Vaccination North-Western Provinces and Oudh 1878-1895 - 1878-1895
Year: 1878
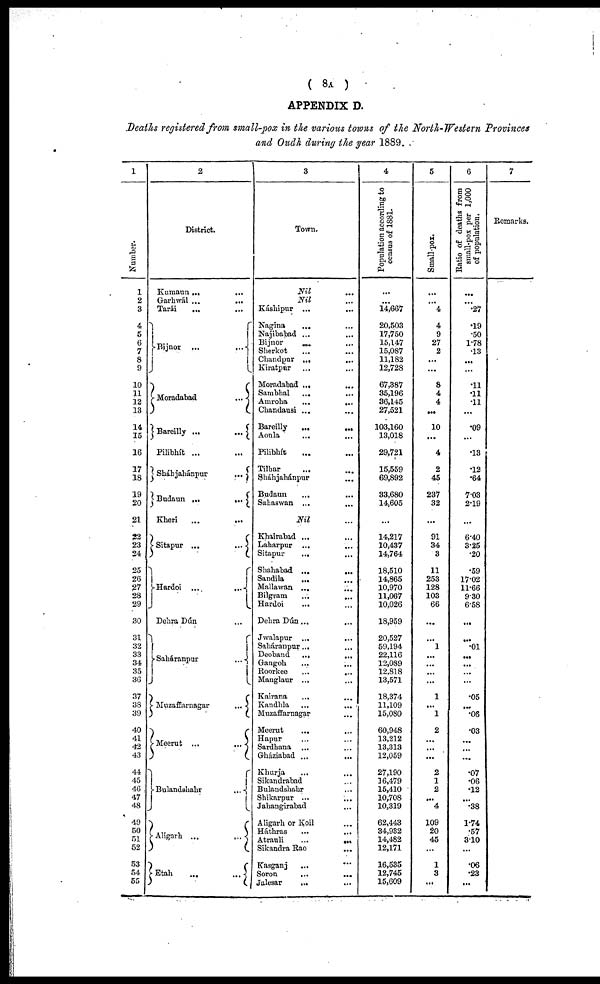
( 8A )
APPENDIX D.
Deaths registered from small-pox in the various towns of the North-Western Provinces
and Oudh during the year 1889.
1
Number.
1
2
3
4
5
6
7
8
9
10
11
12
13
14
15
16
17
18
19
20
21
22
23
24
25
26
27
28
29
30
31
32
33
34
35
36
37
38
39
40
41
42
43
44
45
46
47
48
49
50
51
52
53
54
55
2
District.
Kumaun ... ...
Garhwál ...
...
Tarái ... ...
Bijnor ...
...
Moradabad
...
Bareilly ...
...
Pilibhít ... ...
Sháhjahánpur
...
Budaun ...
...
Kheri
...
...
Sitapur ...
...
Hardoi ...
...
Dehra Dún ...
Saháranpur
...
Muzaffarnagar
...
Meerut ...
...
Bulandshahr
...
Aligarh ...
...
Etah
...
...
3
Town.
Nil ...
Nil ...
Káshipur ... ...
Nagina
...
...
Najibabad ... ...
Bijnor ... ...
Sherkot ... ...
Chandpur ... ...
Kiratpur ... ...
Moradabad ... ...
Sambhal
... ...
Amroba
...
...
Chandausi ... ...
Bareilly
...
...
Aonla
...
...
Pilibhít ... ...
Tilhar ... ...
Sháhjahánpur
...
Budaun ... ...
Sahaswan ... ...
Nil ...
Khairabad ... ...
Laharpur ... ...
Sitapur
... ...
Shahabad ...
...
Sandila
... ...
Mallawan ... ...
Bilgram ... ...
Hardoi
... ...
Dehra Dún... ...
Jwalapur ... ...
Saháranpur ... ...
Deoband
...
...
Gangoh ... ...
Roorkee
...
...
Manglaur ... ...
Kairana
... ...
Kandhla ... ...
Muzaffarnagar ...
Meerut ... ...
Hapur ... ...
Sardhana ... ...
Gháziabad ...
...
Khurja ... ...
Sikandrabad ...
Bulandshahr ...
Shikarpur ... ...
Jahangirabad ...
Aligarh or Koil ...
Háthras ... ...
Atrauli
...
...
Sikandra Rao ...
Kasganj ... ...
Soron ... ...
Jalesar
... ...
4
Population according to
census of 1881.
...
...
14,667
20,503
17,750
15,147
15,087
11,182
12,728
67,387
35,196
36,145
27,521
103,160
13,018
29,721
15,559
69,892
33,680
14,605
...
14,217
10,437
14,764
18,510
14,865
10,970
11,067
10,026
18,959
20,527
59,194
22,116
12,089
12,818
13,571
18,374
11,109
15,080
60,948
13,212
13,313
12,059
27,190
16,479
15,410
10,708
10,319
62,443
34,932
14,482
12,171
16,535
12,745
15,609
5
Small-pox.
...
...
4
4
9
27
2
...
...
8
4
4
...
10
...
4
2
45
237
32
...
91
34
3
11
253
128
103
66
...
...
1
...
...
...
...
1
...
1
2
...
...
...
2
1
2
...
4
109
20
45
...
1
3
...
6
Ratio of deaths from
small-pox per 1,000
of population.
...
...
.27
.19
.50
1.78
13
...
...
.11
.11
.11
...
.09
...
.13
.12
.64
703
2.19
...
6.40
3.25
.20
.59
17.02
11.66
9.30
6.58
...
...
.01
...
...
. ..
...
.05
...
.06
.03
...
...
...
.07
.06
.12
...
.38
1.74
.57
3.10
...
.06
.23
...
7
Remarks